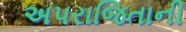
અપરાજિતાની